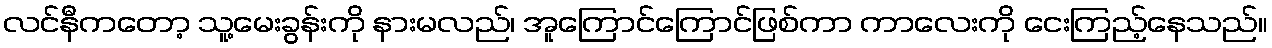
လင်နီကတော့ သူ့မေးခွန်းကို နားမလည်၊ အူကြောင်ကြောင်ဖြစ်ကာ ကာလေးကို ငေးကြည့်နေသည်။